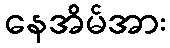
နေအိမ်အား